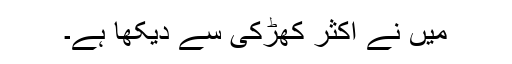
میں نے اکثر کھڑکی سے دیکھا ہے۔